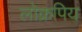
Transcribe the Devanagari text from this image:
लोक्रपिय